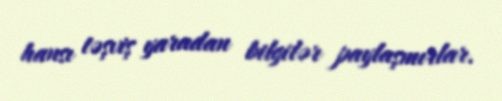
hansı təşviş yaradan bilgilər paylaşmırlar.